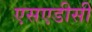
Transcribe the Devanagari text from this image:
एसएडीसी